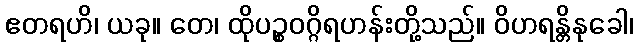
ဧတရဟိ၊ ယခု။ တေ၊ ထိုပဉ္စဝဂ္ဂိရဟန်းတို့သည်။ ဝိဟရန္တိနုခေါ၊